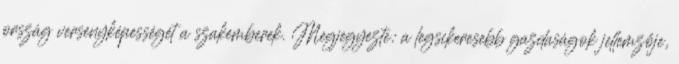
ország versenyképességét a szakemberek. Megjegyezte: a legsikeresebb gazdaságok jellemzője,